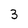
Character: 3